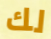
لك